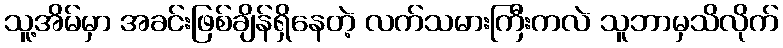
သူ့အိမ်မှာ အခင်းဖြစ်ချိန်ရှိနေတဲ့ လက်သမားကြီးကလဲ သူဘာမှသိလိုက်